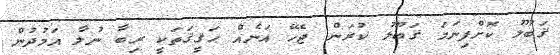
ޤަބޫލު ކޮށްފިނަމަ ޤަބޫލު ކުރަން ޖެހޭ އަނެއް ޙަޤީޤަތަކީ ރިބާ ނުލާ އަމުދުން